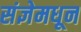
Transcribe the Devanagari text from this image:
संज्ञेमधून